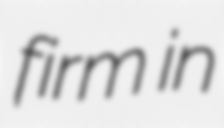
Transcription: firm in